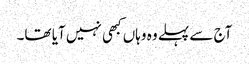
آج سے پہلے وہ وہاں کبھی نہیں آیا تھا۔